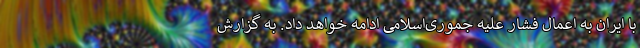
با ایران به اعمال فشار علیه جموری‌اسلامی ادامه خواهد داد. به گزارش